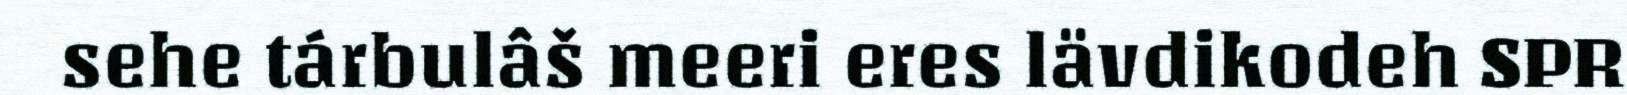
sehe tárbulâš meeri eres lävdikodeh SPR